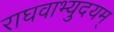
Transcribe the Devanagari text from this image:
राघवाभ्युदयम्